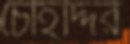
চৌহদ্দির